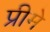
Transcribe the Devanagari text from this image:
प्रीमे